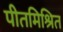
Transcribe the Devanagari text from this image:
पीतमिश्रित